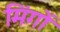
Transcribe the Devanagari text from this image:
मिंगों